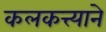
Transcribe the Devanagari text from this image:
कलकत्त्याने